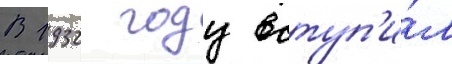
В 1932 году вступ'и́л